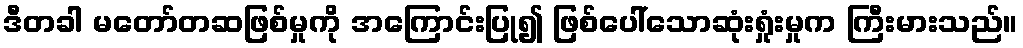
ဒီတခါ မတော်တဆဖြစ်မှုကို အကြောင်းပြု၍ ဖြစ်ပေါ်သောဆုံးရှုံးမှုက ကြီးမားသည်။